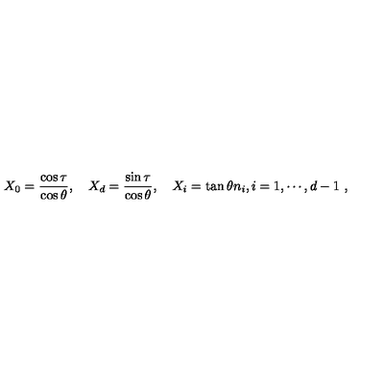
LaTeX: X _ { 0 } = { \frac { \cos \tau } { \cos \theta } } , \quad X _ { d } = { \frac { \sin \tau } { \cos \theta } } , \quad X _ { i } = \tan \theta n _ { i } , i = 1 , \cdots , d - 1 \ ,